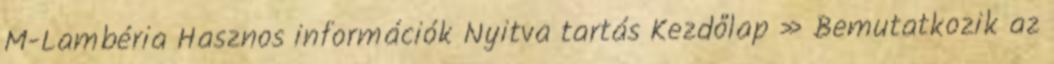
M-Lambéria Hasznos információk Nyitva tartás Kezdőlap » Bemutatkozik az